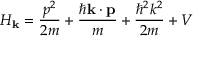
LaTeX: H _ { \mathbf { k } } = { \frac { p ^ { 2 } } { 2 m } } + { \frac { \hbar \mathbf { k } \cdot \mathbf { p } } { m } } + { \frac { \hbar ^ { 2 } k ^ { 2 } } { 2 m } } + V